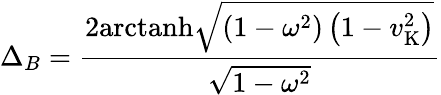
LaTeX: \Delta_{B}={\frac{2{\textrm{arctanh}}{\sqrt{\left(1-\omega^{2}\right)\left(1-v_{\mathrm{K}}^{2}\right)}}}{\sqrt{1-\omega^{2}}}}